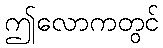
ဤလောကတွင်